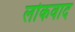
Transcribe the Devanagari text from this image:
लोकवाद